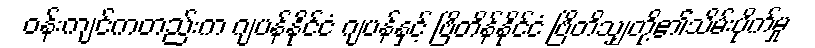
ဝန်းကျင်ကတည်းက ဂျပန်နိုင်ငံ ဂျပန်နှင့် ဗြိတိန်နိုင်ငံ ဗြိတိသျှတို့၏သိမ်းပိုက်မှု